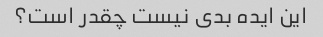
این ایده بدی نیست چقدر است؟